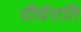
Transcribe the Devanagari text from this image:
दीर्घराति